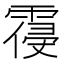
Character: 𲊃